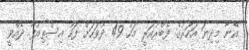
އޭނާ މިދިޔަ އަހަރުގެ ފެބްރުއަރީ މަހު 49 ދުވަހަށް ފަހު އިސްތިއުފާ ދެއްވީ